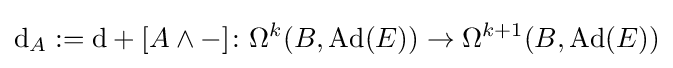
\mathrm {d} _{A}:=\mathrm {d} +[A\wedge -]\colon \Omega ^{k}(B,\operatorname {Ad} (E))\rightarrow \Omega ^{k+1}(B,\operatorname {Ad} (E))